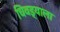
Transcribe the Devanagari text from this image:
चिवड्याला